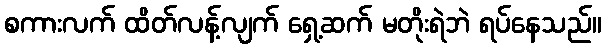
စကားလက် ထိတ်လန့်လျက် ရှေ့ဆက် မတိုးရဲဘဲ ရပ်နေသည်။